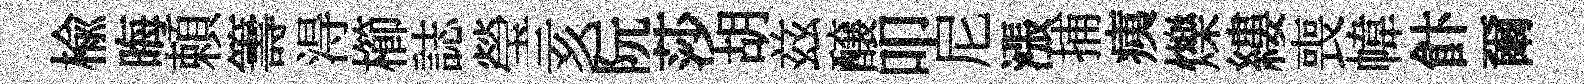
楡晦頼籌淂櫛誌瑩亥阮莎胡兹醸叩尼漲捕痍爍縷喪幃飰爾